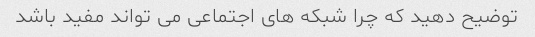
توضیح دهید که چرا شبکه های اجتماعی می تواند مفید باشد